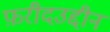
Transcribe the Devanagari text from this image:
फ़रीदउद्दीन